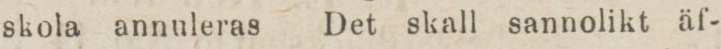
skola annuleras Det skall sannolikt äf-